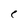
Character: e